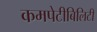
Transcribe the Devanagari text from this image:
कमपेटीबिलिटी